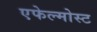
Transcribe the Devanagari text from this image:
एफेल्मोस्ट